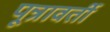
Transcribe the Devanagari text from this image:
पून्रावर्ती